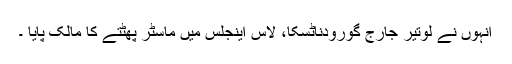
انہوں نے لوتیر جارج گورودناٹسکا، لاس اینجلس میں ماسٹر پھٹتے کا مالک پایا ۔